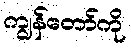
ကျွန်တော်ကို